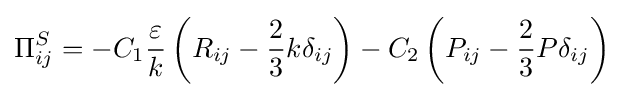
\Pi _{ij}^{S}=-C_{1}{\frac {\varepsilon }{k}}\left(R_{ij}-{\frac {2}{3}}k\delta _{ij}\right)-C_{2}\left(P_{ij}-{\frac {2}{3}}P\delta _{ij}\right)